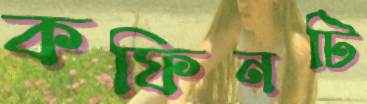
কফিনটি